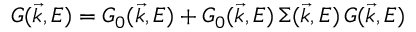
G ( \vec { k } , E ) = G _ { 0 } ( \vec { k } , E ) + G _ { 0 } ( \vec { k } , E ) \, \Sigma ( \vec { k } , E ) \, G ( \vec { k } , E )